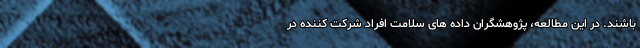
باشند. در این مطالعه، پژوهشگران داده های سلامت افراد شرکت کننده در